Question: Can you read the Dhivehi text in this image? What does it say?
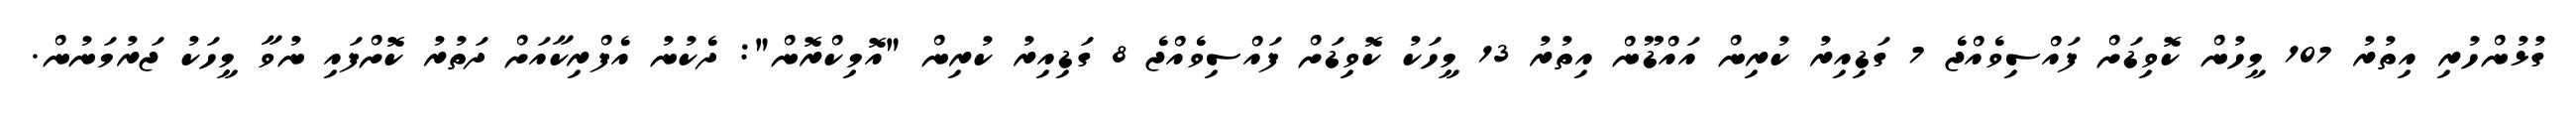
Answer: ގުޅުންހުރި އިތުރު 107 މީހުން ކޮވިޑަށް ފައްސިވެއްޖެ 7 ގަޑިއިރު ކުރިން އައްޑޫން އިތުރު 13 މީހަކު ކޮވިޑަށް ފައްސިވެއްޖެ 8 ގަޑިއިރު ކުރިން "އޮމިކްރޮން": ދެކުނު އެފްރިކާއަށް ދަތުރު ކޮށްފައި ނުވާ މީހަކު ޖަރުމަނުން.